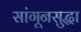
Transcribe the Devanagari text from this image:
सांगूनसुद्धा